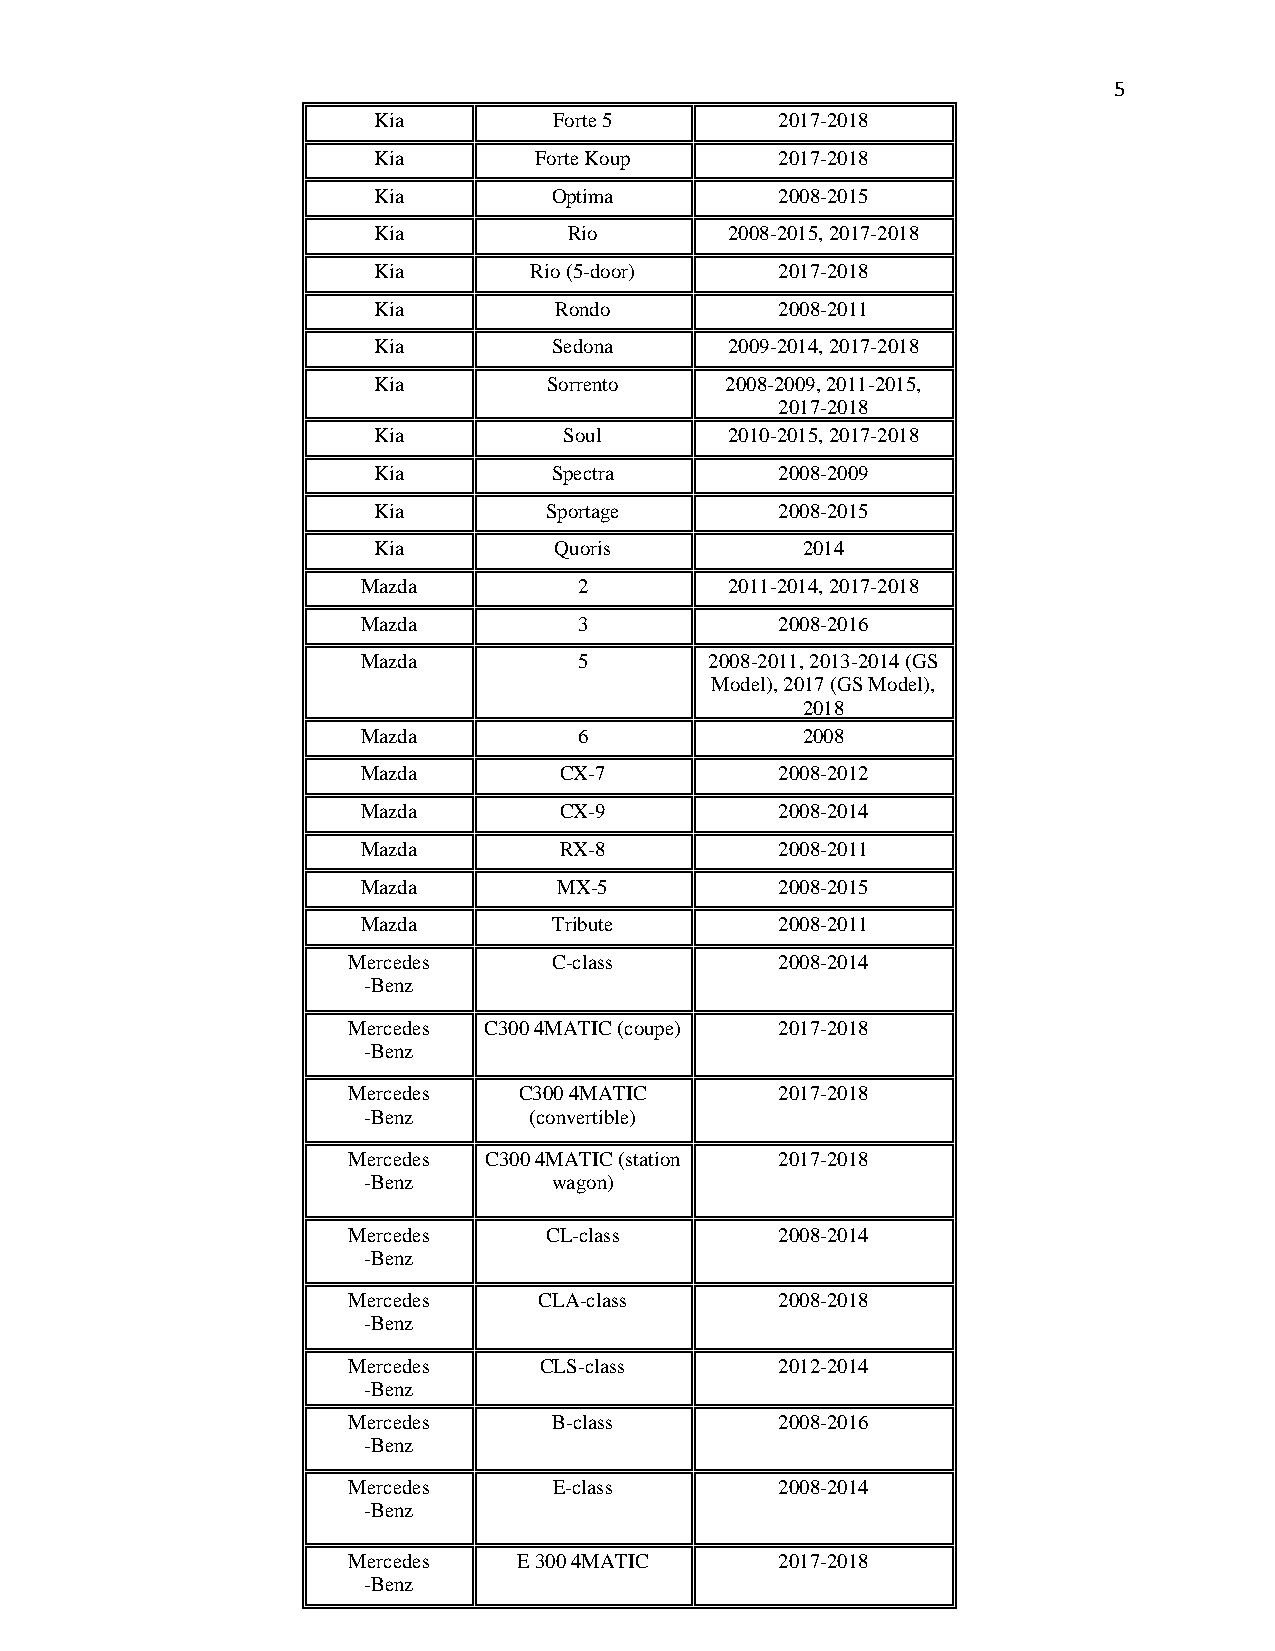
5
 Kia         Forte 5        2017-2018
 Kia       Forte Koup       2017-2018
 Kia         Optima         2008-2015
 Kia          Rio       2008-2015, 2017-2018
 Kia       Rio (5-door)     2017-2018
 Kia         Rondo          2008-2011
 Kia         Sedona     2009-2014, 2017-2018
 Kia        Sorrento    2008-2009, 2011-2015,
 2017-2018
 Kia         Soul       2010-2015, 2017-2018
 Kia         Spectra        2008-2009
 Kia        Sportage        2008-2015
 Kia         Quoris          2014
 Mazda         2         2011-2014, 2017-2018
 Mazda         3             2008-2016
 Mazda         5        2008-2011, 2013-2014 (GS
 Model), 2017 (GS Model),
 2018
 Mazda         6              2008
 Mazda        CX-7           2008-2012
 Mazda        CX-9           2008-2014
 Mazda        RX-8           2008-2011
 Mazda        MX-5           2008-2015
 Mazda        Tribute        2008-2011
 Mercedes      C-class        2008-2014
 -Benz
 Mercedes C300 4MATIC (coupe) 2017-2018
 -Benz
 Mercedes   C300 4MATIC       2017-2018
 -Benz      (convertible)
 Mercedes C300 4MATIC (station 2017-2018
 -Benz        wagon)
 Mercedes     CL-class        2008-2014
 -Benz
 Mercedes     CLA-class       2008-2018
 -Benz
 Mercedes     CLS-class       2012-2014
 -Benz
 Mercedes      B-class        2008-2016
 -Benz
 Mercedes      E-class        2008-2014
 -Benz
 Mercedes   E 300 4MATIC      2017-2018
 -Benz